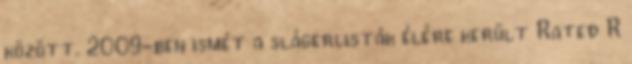
között. 2009-ben ismét a slágerlisták élére került Rated R